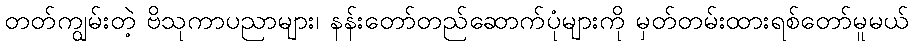
တတ်ကျွမ်းတဲ့ ဗိသုကာပညာများ၊ နန်းတော်တည်ဆောက်ပုံများကို မှတ်တမ်းထားရစ်တော်မူမယ်